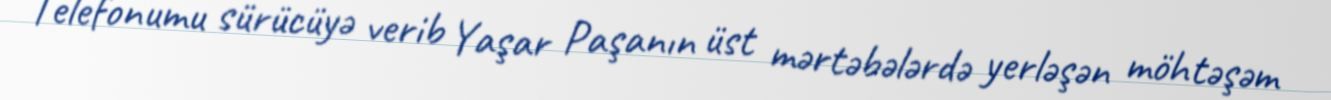
Telefonumu sürücüyə verib Yaşar Paşanın üst mərtəbələrdə yerləşən möhtəşəm